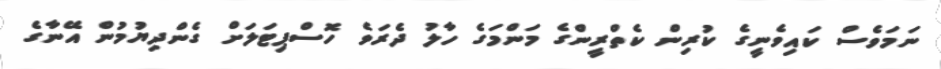
ނަމަވެސް ކައިވެނީގެ ކުރިން ކެތްރީންގެ މަންމަގެ ހާލު ދެރަވެ ހޮސްޕިޓަލަށް ގެންދިޔުމުން އޭނާގެ